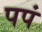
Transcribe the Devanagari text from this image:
पपं